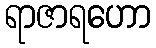
ရာဇာရဟော